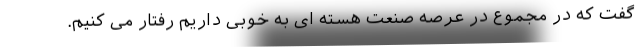
گفت که در مجموع در عرصه صنعت هسته ای به خوبی داریم رفتار می کنیم.